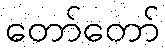
တော်တော်